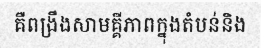
គឺពង្រឹងសាមគ្គីភាពក្នុងតំបន់និង